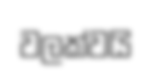
වලක්වයි